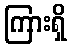
ကြားရှိ